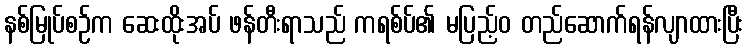
နစ်မြုပ်စဉ်က ဆေးထိုးအပ် ဖန်တီးရာသည် ကရစ်ပ်၏ မပြည့်ဝ တည်ဆောက်ရန်လျာထားပြီး